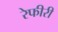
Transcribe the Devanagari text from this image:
रेफीरी